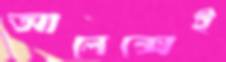
আলেক্সেই